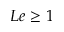
L e \ge 1